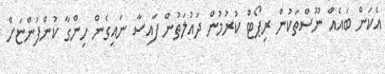
އެކަން ބައެއް ނޫސްތަކުން ރިޕޯޓް ކުރުމުން ދައުލަތުން ފައިސާ ނައިގެން ހިންގާ ކުންފުންޏަށް